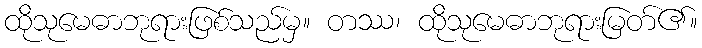
ထိုသုမေဓာဘုရားဖြစ်သည်မှ။ တဿ၊ ထိုသုမေဓာဘုရားမြတ်၏။